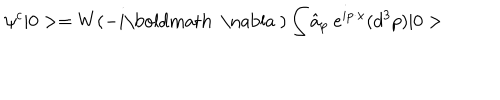
\psi ^ { c } | 0 > = W ( - i \mathrm { \boldmath ~ \nabla ~ } ) \int \hat { a } _ { p } ~ e ^ { i p \cdot x } ( d ^ { 3 } p ) | 0 >